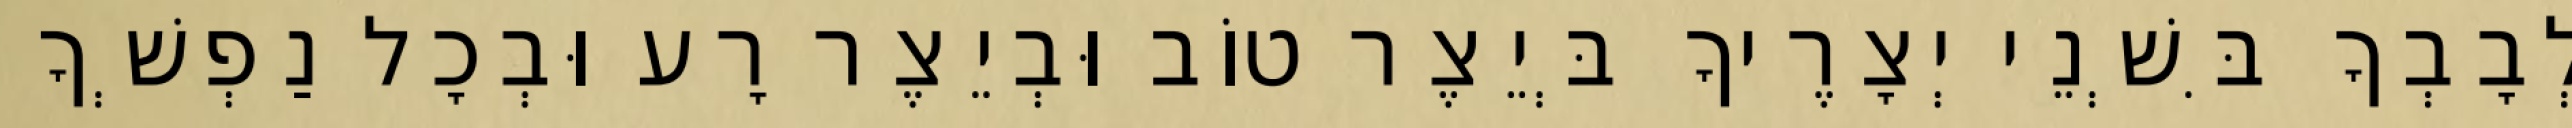
לְבָבְךָ בִּשְׁנֵי יְצָרֶיךָ בְּיֵצֶר טוֹב וּבְיֵצֶר רָע וּבְכָל נַפְשְׁךָ